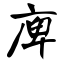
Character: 庳